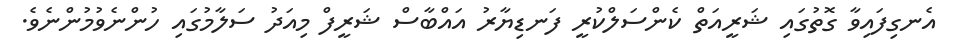
އެނގިފައިވާ ގޮތުގައި ޝަރީއަތް ކެންސަލްކުރީ ފަނޑިޔާރު އައްބާސް ޝަރީފް މިއަދު ސަލާމުގައި ހުންނެވުމުންނެވެ.